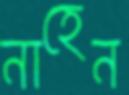
নাহেন